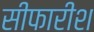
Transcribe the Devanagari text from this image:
सीफारीश